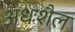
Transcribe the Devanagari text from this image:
अधःशैल